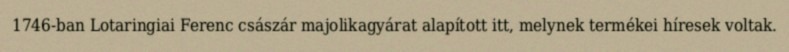
1746-ban Lotaringiai Ferenc császár majolikagyárat alapított itt, melynek termékei híresek voltak.